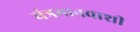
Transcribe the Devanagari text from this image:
यंत्रमानवाशी